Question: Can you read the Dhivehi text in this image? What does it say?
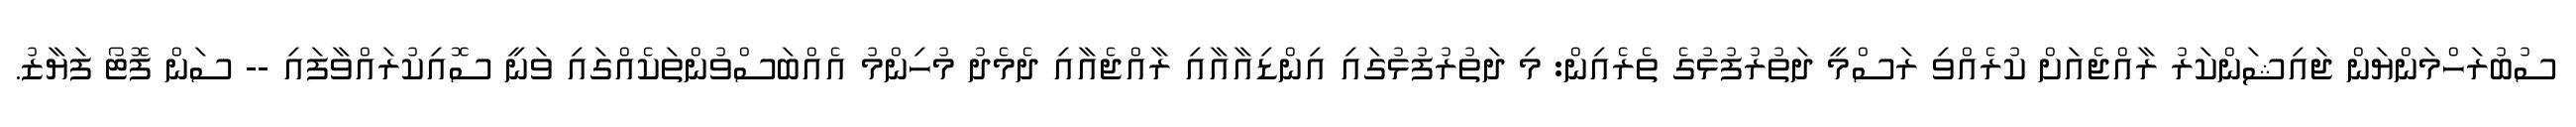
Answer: ސުބުރަހްމަންޔަން ޖައިޝަންކަރު ރާއްޖެއަށް ކުރެއްވި ރަސްމީ ދަތުރުފުޅުގެ ތެރެއިން: މި ދަތުރުފުޅުގައި އިންޑިއާއާއި ރާއްޖެއާއި ދެމެދު މުހިންމު އެއްބަސްވުންތަކެއްގައި ވަނީ ސޮއިކުރައްވާފައި -- ސަން ފޮޓޯ ފަޔާޒު.